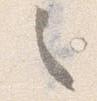
之